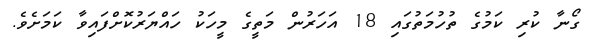
ގޯނާ ކުރި ކަމުގެ ތުހުމަތުގައި 18 އަހަރުން މަތީގެ މީހަކު ހައްޔަރުކޮށްފައިވާ ކަމަށެވެ.